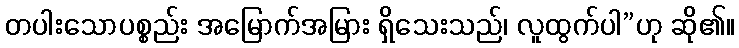
တပါးသောပစ္စည်း အမြောက်အမြား ရှိသေးသည်၊ လူထွက်ပါ”ဟု ဆို၏။